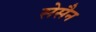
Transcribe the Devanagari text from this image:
सेसैन